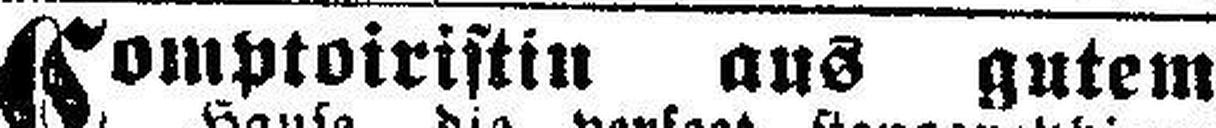
Comptoiristin aus gutem